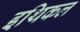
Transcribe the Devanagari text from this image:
इथिकल